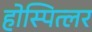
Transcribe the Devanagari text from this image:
होस्पित्लर